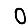
Digit: 0